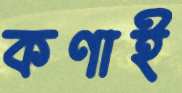
কণাই